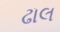
ઢાલ